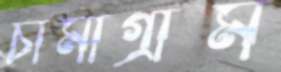
চামাগ্রাম